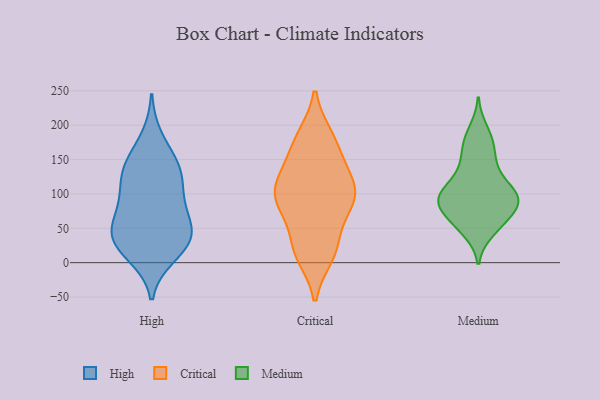
{"axis": {"x": "Demand Index", "y": "Value"}, "legend": ["Critical", "High", "Medium"], "data": [{"x": "", "y": 10, "type": "High"}, {"x": "", "y": 138, "type": "High"}, {"x": "", "y": 140, "type": "High"}, {"x": "", "y": 110, "type": "High"}, {"x": "", "y": 47, "type": "High"}, {"x": "", "y": 35, "type": "High"}, {"x": "", "y": 34, "type": "High"}, {"x": "", "y": 43, "type": "High"}, {"x": "", "y": 13, "type": "High"}, {"x": "", "y": 89, "type": "High"}, {"x": "", "y": 52, "type": "High"}, {"x": "", "y": 92, "type": "High"}, {"x": "", "y": 35, "type": "High"}, {"x": "", "y": 132, "type": "High"}, {"x": "", "y": 144, "type": "High"}, {"x": "", "y": 78, "type": "High"}, {"x": "", "y": 182, "type": "High"}, {"x": "", "y": 114, "type": "Critical"}, {"x": "", "y": 96, "type": "Critical"}, {"x": "", "y": 96, "type": "Critical"}, {"x": "", "y": 23, "type": "Critical"}, {"x": "", "y": 139, "type": "Critical"}, {"x": "", "y": 72, "type": "Critical"}, {"x": "", "y": 12, "type": "Critical"}, {"x": "", "y": 84, "type": "Critical"}, {"x": "", "y": 23, "type": "Critical"}, {"x": "", "y": 182, "type": "Critical"}, {"x": "", "y": 112, "type": "Critical"}, {"x": "", "y": 179, "type": "Critical"}, {"x": "", "y": 142, "type": "Critical"}, {"x": "", "y": 18, "type": "Critical"}, {"x": "", "y": 91, "type": "Critical"}, {"x": "", "y": 175, "type": "Critical"}, {"x": "", "y": 100, "type": "Critical"}, {"x": "", "y": 110, "type": "Medium"}, {"x": "", "y": 62, "type": "Medium"}, {"x": "", "y": 96, "type": "Medium"}, {"x": "", "y": 132, "type": "Medium"}, {"x": "", "y": 193, "type": "Medium"}, {"x": "", "y": 80, "type": "Medium"}, {"x": "", "y": 93, "type": "Medium"}, {"x": "", "y": 58, "type": "Medium"}, {"x": "", "y": 82, "type": "Medium"}, {"x": "", "y": 53, "type": "Medium"}, {"x": "", "y": 46, "type": "Medium"}, {"x": "", "y": 155, "type": "Medium"}, {"x": "", "y": 108, "type": "Medium"}, {"x": "", "y": 100, "type": "Medium"}, {"x": "", "y": 176, "type": "Medium"}, {"x": "", "y": 89, "type": "Medium"}, {"x": "", "y": 88, "type": "Medium"}, {"x": "", "y": 140, "type": "Medium"}, {"x": "", "y": 173, "type": "Medium"}, {"x": "", "y": 93, "type": "Medium"}]}